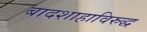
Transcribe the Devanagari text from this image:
बादशाहाविरुद्ध